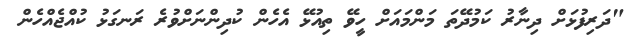
"ދަރިފުޅަށް ދިނާރު ކަމުދޭތަ މަންމައަށް ހީވޭ ތިއުޅޭ އެހެން ކުދިންނަށްވުރެ ރަނގަޅު ކުއްޖެއްހެން